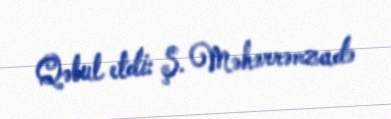
Qəbul etdi: Ş. Məhərrəmzadə